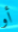
أو